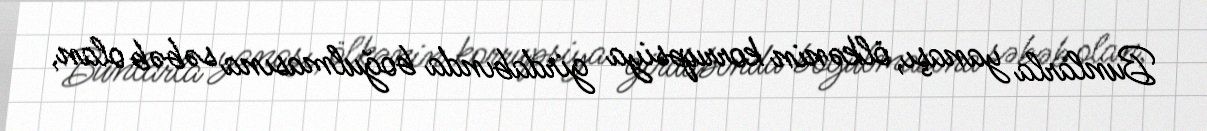
Bunlarla yanaşı, ölkənin korrupsiya girdabında boğulmasına səbəb olan,